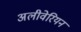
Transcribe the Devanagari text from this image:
अलीवेरियन